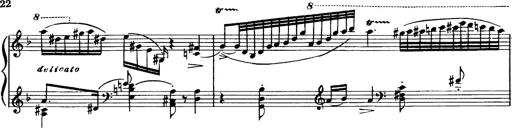
Title: Magyar dalok
Composer: Franz Liszt